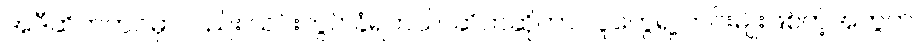
အဲဒီဆိတ်ဘဝမှာလည်း သင်းကွပ် ခံရတယ်၊ ဆိတ်ဆိုတာ လူတွေရဲ့ ဟင်းမျိုးဖြစ်တဲ့အတွက်